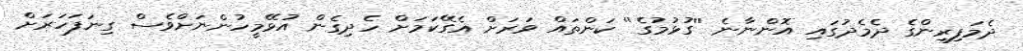
ދެމަފިރިންގެ ދެމެދުގައި އޮންނާނެ ''ގުޅުމުގެ'' ކަންތައް ވަރަށް އެގޭކަމަށް ހެދިގެން އުޅޭމީހުންނަށްވެސް ގިނަފަހަރަށް